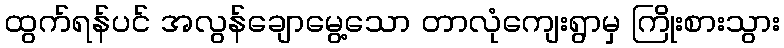
ထွက်ရန်ပင် အလွန်ချောမွေ့သော တာလုံကျေးရွာမှ ကြိုးစားသွား